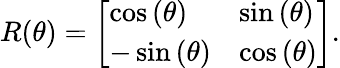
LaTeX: R(\theta)=\left[\begin{array}{ll}{\cos{(\theta)}}&{\sin{(\theta)}}\\ {-\sin{(\theta)}}&{\cos{(\theta)}}\end{array}\right].